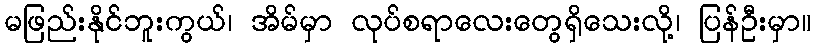
မဖြည်းနိုင်ဘူးကွယ်၊ အိမ်မှာ လုပ်စရာလေးတွေရှိသေးလို့၊ ပြန်ဦးမှာ။